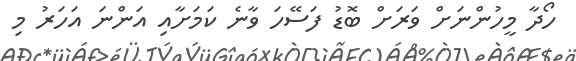
ހޯދާ މީހުންނަށް ވަރަށް ބޮޑު ފަސޭހަ ވާނެ ކަމަށާއި އަންނަ އަހަރު މި